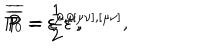
LaTeX: P _ { 0 } = \varepsilon ^ { 0 , 0 } , \hspace { 0 . 3 i n } \overline { { { P } } } = \varepsilon ^ { \mu , \mu } , \hspace { 0 . 3 i n } \overline { { { \overline { { { P } } } } } } = \frac 1 2 \varepsilon ^ { [ \mu \nu ] , [ \mu \nu ] } ,